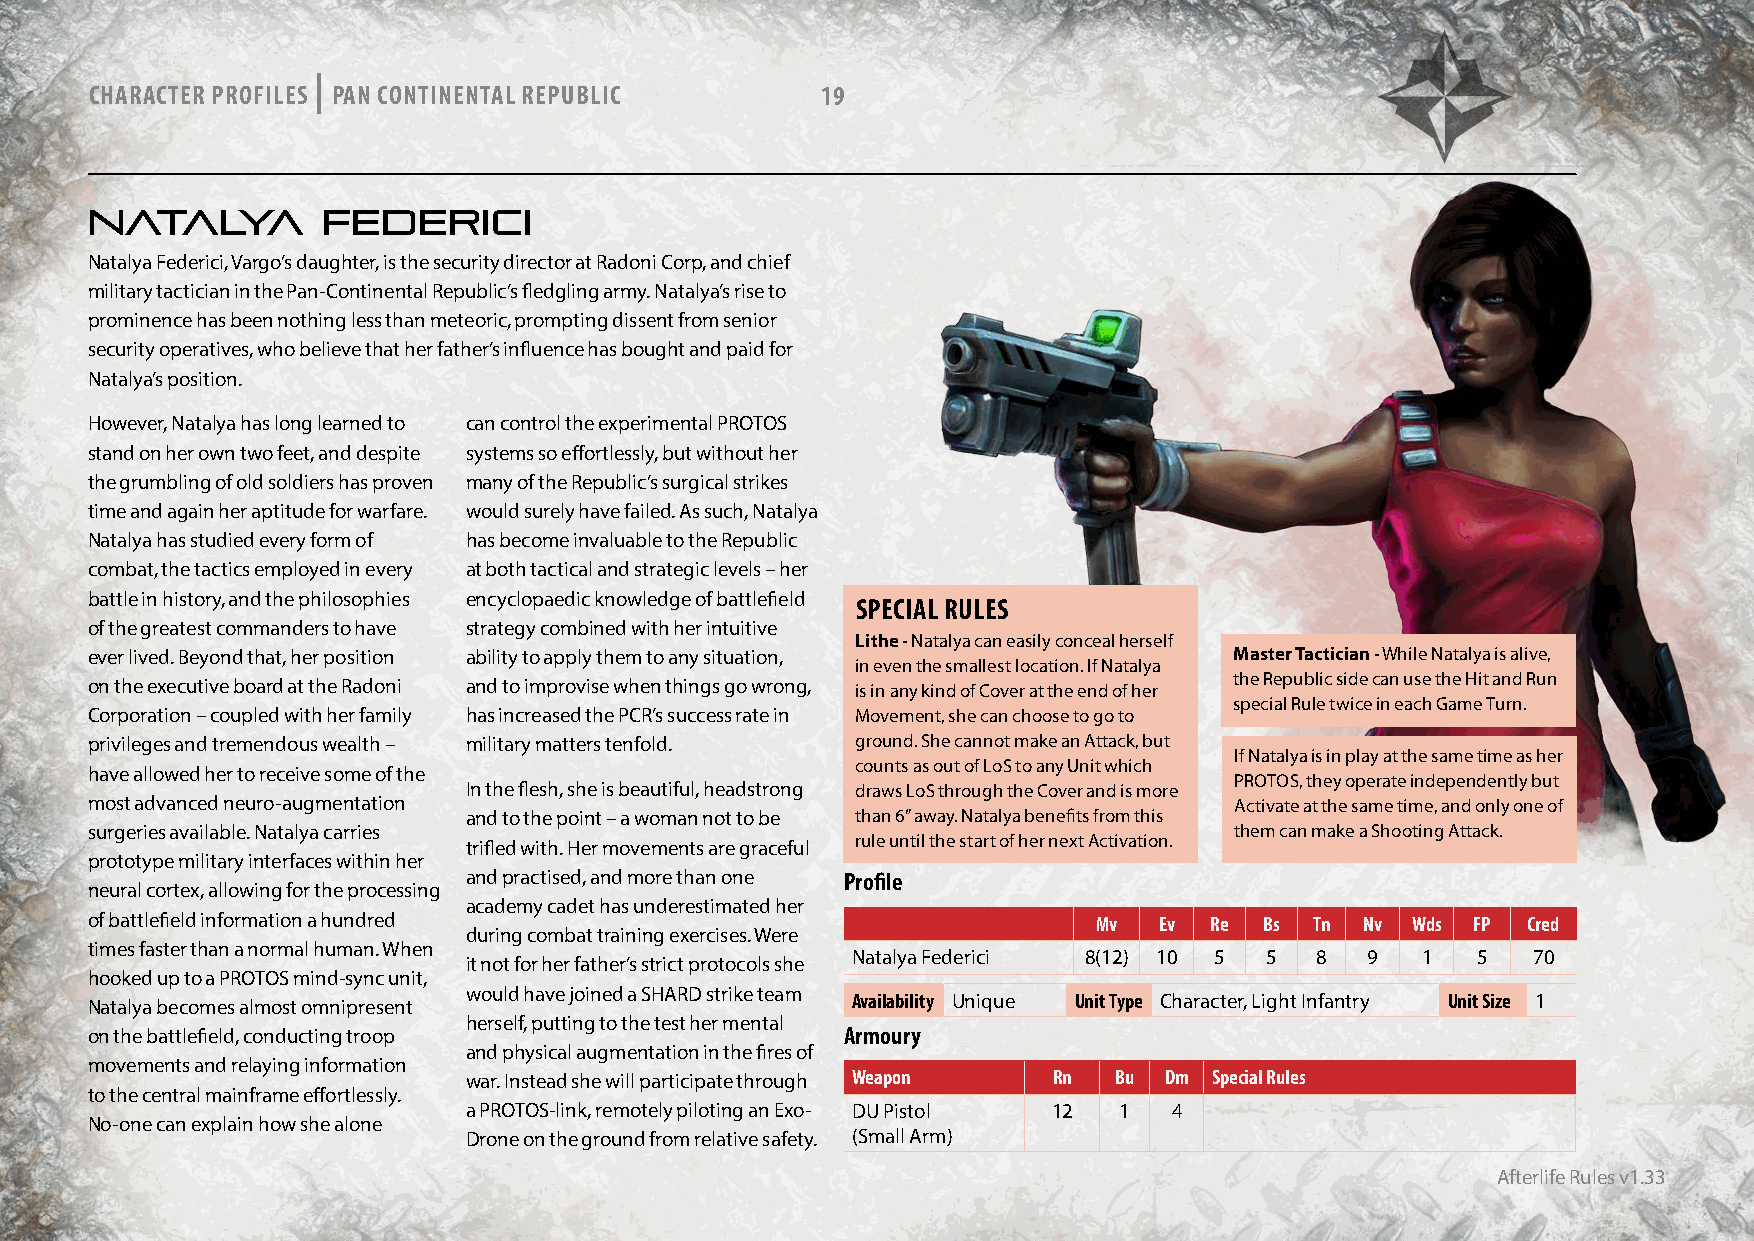
|
 CHARACTER PROFILES PAN CONTINENTAL REPUBLIC     19
 NATALYA        FEDERICI
 Natalya Federici, Vargo’s daughter, is the security director at Radoni Corp, and chief
 military tactician in the Pan-Continental Republic’s fledgling army. Natalya’s rise to
 prominence has been nothing less than meteoric, prompting dissent from senior
 security operatives, who believe that her father’s influence has bought and paid for
 Natalya’s position.
 However, Natalya has long learned to can control the experimental PROTOS
 stand on her own two feet, and despite systems so effortlessly, but without her
 the grumbling of old soldiers has proven many of the Republic’s surgical strikes
 time and again her aptitude for warfare. would surely have failed. As such, Natalya
 Natalya has studied every form of has become invaluable to the Republic
 combat, the tactics employed in every at both tactical and strategic levels – her
 battle in history, and the philosophies encyclopaedic knowledge of battlefield
 SPECIAL RULES
 of the greatest commanders to have strategy combined with her intuitive
 Lithe - Natalya can easily conceal herself
 ever lived. Beyond that, her position ability to apply them to any situation, Master Tactician - While Natalya is alive,
 in even the smallest location. If Natalya
 on the executive board at the Radoni and to improvise when things go wrong, is in any kind of Cover at the end of her the Republic side can use the Hit and Run
 special Rule twice in each Game Turn.
 Corporation – coupled with her family has increased the PCR’s success rate in Movement, she can choose to go to
 privileges and tremendous wealth – military matters tenfold. ground. She cannot make an Attack, but
 If Natalya is in play at the same time as her
 counts as out of LoS to any Unit which
 have allowed her to receive some of the
 PROTOS, they operate independently but
 In the flesh, she is beautiful, headstrong draws LoS through the Cover and is more
 most advanced neuro-augmentation                                            Activate at the same time, and only one of
 and to the point – a woman not to be than 6” away. Natalya benefits from this
 surgeries available. Natalya carries                                        them can make a Shooting Attack.
 trifled with. Her movements are graceful rule until the start of her next Activation.
 prototype military interfaces within her
 and practised, and more than one Profile
 neural cortex, allowing for the processing
 academy cadet has underestimated her
 of battlefield information a hundred                               Mv  Ev Re  Bs Tn Nv Wds  FP Cred
 during combat training exercises. Were
 times faster than a normal human. When
 Natalya Federici 8(12) 10 5 5  8   9  1   5  70
 it not for her father’s strict protocols she
 hooked up to a PROTOS mind-sync unit,
 would have joined a SHARD strike team
 Availability Unique Unit Type Character, Light Infantry Unit Size 1
 Natalya becomes almost omnipresent
 herself, putting to the test her mental
 on the battlefield, conducting troop              Armoury
 and physical augmentation in the fires of
 movements and relaying information
 war. Instead she will participate through Weapon Rn Bu Dm Special Rules
 to the central mainframe effortlessly.
 a PROTOS-link, remotely piloting an Exo- DU Pistol 12 1 4
 No-one can explain how she alone
 Drone on the ground from relative safety. (Small Arm)
 Afterlife Rules v1.33